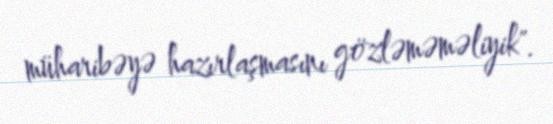
müharibəyə hazırlaşmasını gözləməməliyik".